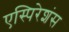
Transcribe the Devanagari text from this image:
एस्पिरेशंस